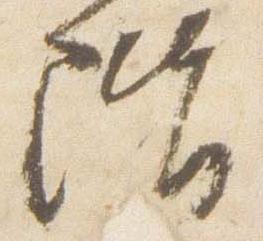
階